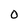
Character: 0